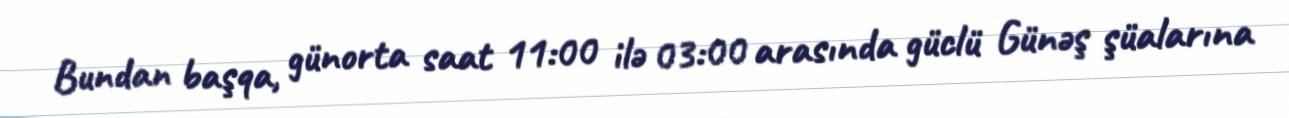
Bundan başqa, günorta saat 11:00 ilə 03:00 arasında güclü Günəş şüalarına